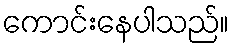
ကောင်းနေပါသည်။